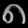
Digit: ၈